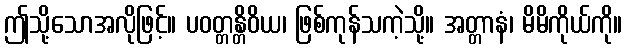
ဤသို့သောအလိုဖြင့်။ ပဝတ္တန္တိဝိယ၊ ဖြစ်ကုန်သကဲ့သို့။ အတ္တာနံ၊ မိမိကိုယ်ကို။